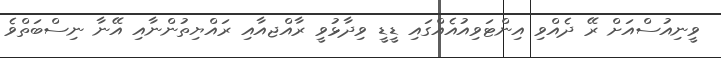
ވީނިއުސްއަށް ރޭ ދެއްވި އިންޓަވިއުއެއްގައި ޑީޑީ ވިދާޅުވީ ރާއްޖއާއި ރައްޔިތުންނާއި އޭނާ ނިސްބަތްވެ